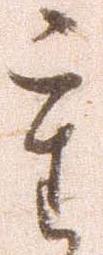
重